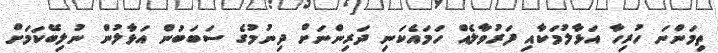
ތިމަންނަ ހުރިހާ އަޅާލުމަކާއި ފަރުވާލެއް ހަމައެކަނި ދަރިންނަށް ދިނުމުގެ ސަބަބުން އަޅާލުން ނުލިބޭކަމަށް